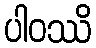
ပါဝဿိ